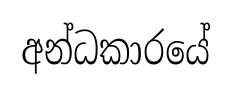
අන්ධකාරයේ